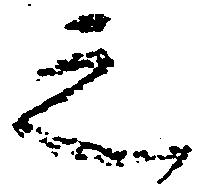
之